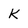
Character: k